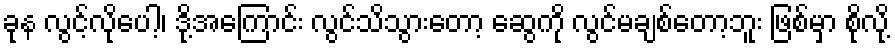
ခုန လွင့်လိုပေါ့၊ ဒို့အကြောင်း လွင်သိသွားတော့ ဆွေကို လွင်မချစ်တော့ဘူး ဖြစ်မှာ စိုလို့